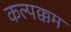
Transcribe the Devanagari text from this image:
कल्पक्कम